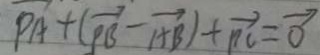
P A + ( \overrightarrow { P B } - \overrightarrow { A B } ) + \overrightarrow { P C } = \overrightarrow { 0 }